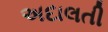
અદાલતી